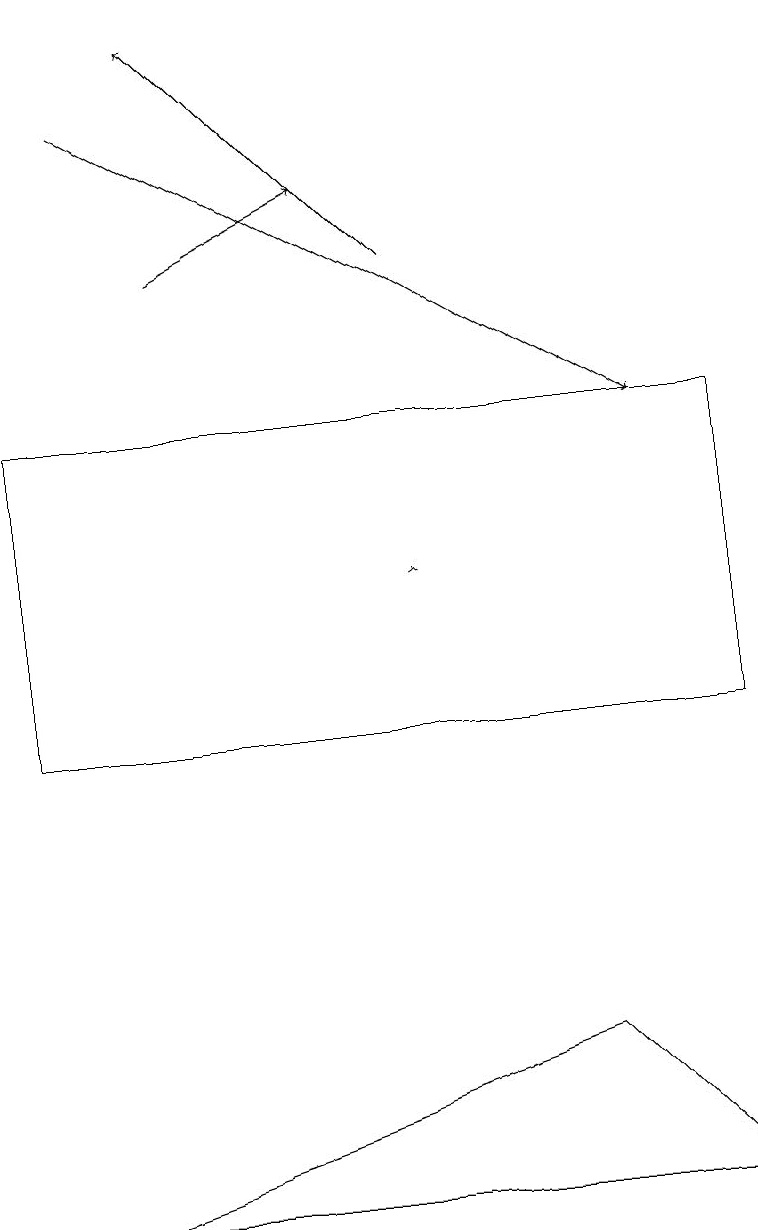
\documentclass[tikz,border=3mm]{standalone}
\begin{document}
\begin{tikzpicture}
\draw[->] (2,16) -- (4,17);
\draw[->] (5,16) -- (2,19);
\draw[->] (5,12) -- (5,12);
\draw (1,4) -- (9,4) -- (7,6) -- cycle;
\draw[->] (1,18) -- (8,14);
\draw (9,14) rectangle (0,10);
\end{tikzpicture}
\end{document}